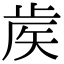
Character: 𥎼